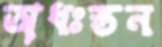
অধঃস্তন